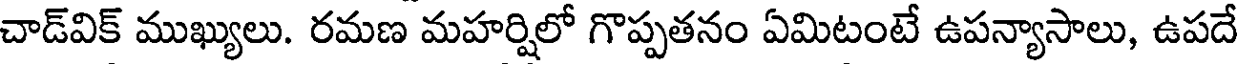
చాడ్విక్ ముఖ్యులు. రమణ మహర్షిలో గొప్పతనం ఏమిటంటే ఉపన్యాసాలు, ఉపదే